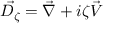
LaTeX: \vec { D _ { \zeta } } = \vec { \nabla } + i \zeta \vec { V }